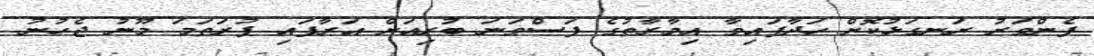
ފެންވަރު ރަނގަޅުކޮށް ހަދާފައިވާ އިމާރާތުގެ ފަސްވަނަ ބުރިއަށް އަރާފައި ފުރަތަމަ މޫނު ޖެހުނު